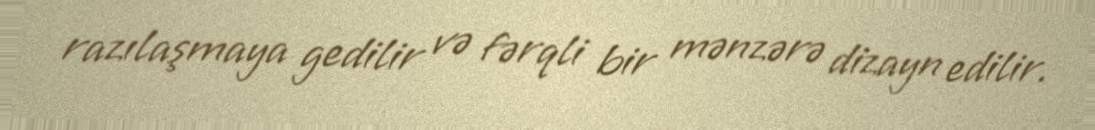
razılaşmaya gedilir və fərqli bir mənzərə dizayn edilir.